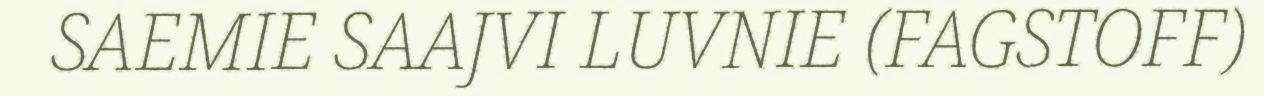
SAEMIE SAAJVI LUVNIE (FAGSTOFF)